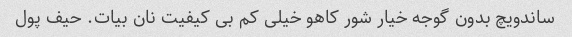
ساندویچ بدون گوجه خیار شور کاهو خیلی کم بی کیفیت نان بیات. حیف پول